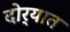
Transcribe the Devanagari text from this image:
दोर्‍यात